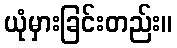
ယုံမှားခြင်းတည်း။